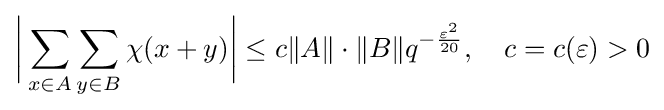
{\biggl |}\sum \limits _{x\in A}\sum \limits _{y\in B}\chi (x+y){\biggr |}\leq c\|A\|\cdot \|B\|q^{-{\frac {\varepsilon ^{2}}{20}}},\quad c=c(\varepsilon )>0